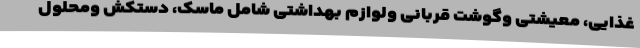
غذایی، معیشتی وگوشت قربانی ولوازم بهداشتی شامل ماسک، دستکش ومحلول